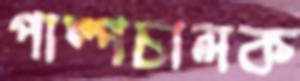
পাম্পচালক